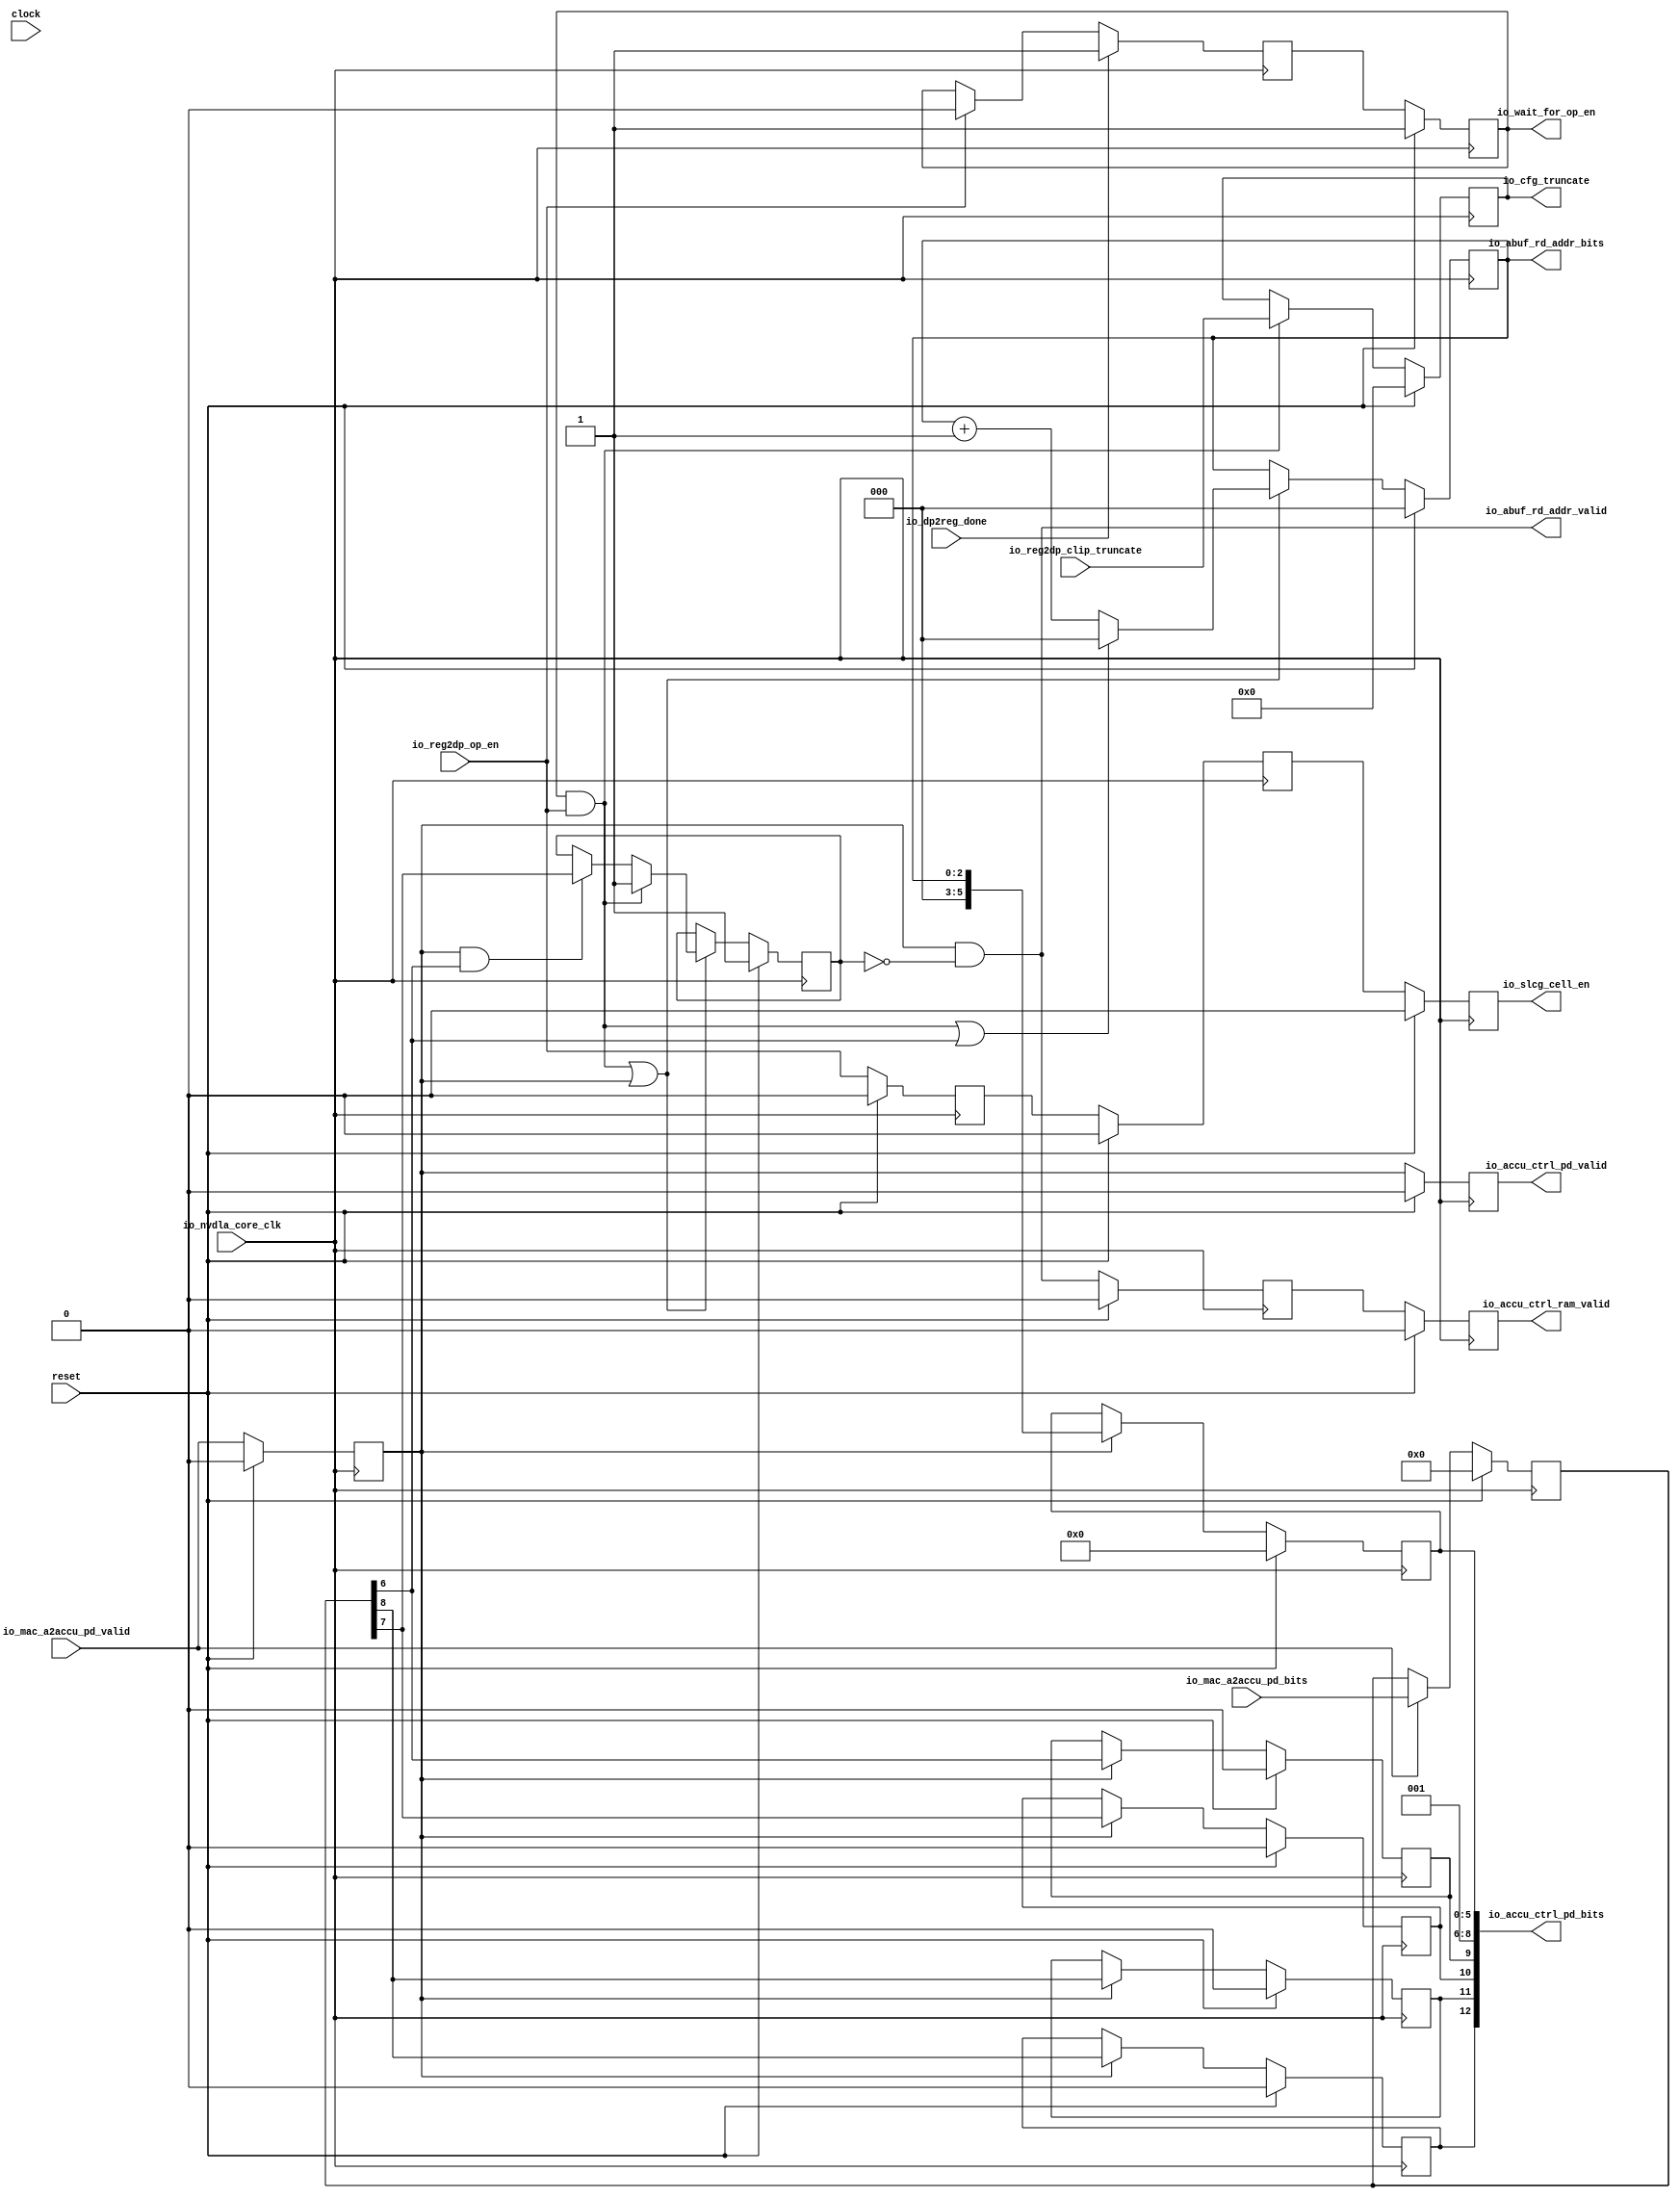
module NV_NVDLA_CACC_assembly_ctrl( // @[:@3.2]
  input         clock, // @[:@4.4]
  input         reset, // @[:@5.4]
  input         io_nvdla_core_clk, // @[:@6.4]
  output        io_abuf_rd_addr_valid, // @[:@6.4]
  output [2:0]  io_abuf_rd_addr_bits, // @[:@6.4]
  input         io_mac_a2accu_pd_valid, // @[:@6.4]
  input  [8:0]  io_mac_a2accu_pd_bits, // @[:@6.4]
  output        io_accu_ctrl_pd_valid, // @[:@6.4]
  output [12:0] io_accu_ctrl_pd_bits, // @[:@6.4]
  output        io_accu_ctrl_ram_valid, // @[:@6.4]
  output [4:0]  io_cfg_truncate, // @[:@6.4]
  input         io_reg2dp_op_en, // @[:@6.4]
  input  [4:0]  io_reg2dp_clip_truncate, // @[:@6.4]
  input         io_dp2reg_done, // @[:@6.4]
  output        io_slcg_cell_en, // @[:@6.4]
  output        io_wait_for_op_en // @[:@6.4]
);
  reg  accu_valid; // @[NV_NVDLA_CACC_assembly_ctrl.scala 61:25:@8.4]
  reg [31:0] _RAND_0;
  reg [8:0] accu_pd; // @[Reg.scala 19:20:@10.4]
  reg [31:0] _RAND_1;
  wire [8:0] _GEN_0; // @[Reg.scala 20:19:@11.4]
  wire  accu_stripe_end; // @[NV_NVDLA_CACC_assembly_ctrl.scala 68:30:@15.4]
  wire  accu_channel_end; // @[NV_NVDLA_CACC_assembly_ctrl.scala 69:31:@16.4]
  wire  accu_layer_end; // @[NV_NVDLA_CACC_assembly_ctrl.scala 70:29:@17.4]
  reg  _T_44; // @[Reg.scala 19:20:@18.4]
  reg [31:0] _RAND_2;
  reg  _T_46; // @[Reg.scala 19:20:@22.4]
  reg [31:0] _RAND_3;
  reg  _T_48; // @[Reg.scala 19:20:@26.4]
  reg [31:0] _RAND_4;
  reg  wait_for_op_en_out; // @[NV_NVDLA_CACC_assembly_ctrl.scala 76:33:@31.4]
  reg [31:0] _RAND_5;
  wire  _T_53; // @[NV_NVDLA_CACC_assembly_ctrl.scala 77:63:@32.4]
  reg  wait_for_op_en_w; // @[NV_NVDLA_CACC_assembly_ctrl.scala 77:31:@34.4]
  reg [31:0] _RAND_6;
  reg [2:0] accu_cnt; // @[NV_NVDLA_CACC_assembly_ctrl.scala 82:23:@38.4]
  reg [31:0] _RAND_7;
  reg  accu_ram_valid; // @[NV_NVDLA_CACC_assembly_ctrl.scala 83:29:@39.4]
  reg [31:0] _RAND_8;
  reg  accu_channel_st; // @[NV_NVDLA_CACC_assembly_ctrl.scala 84:30:@40.4]
  reg [31:0] _RAND_9;
  wire  layer_st; // @[NV_NVDLA_CACC_assembly_ctrl.scala 86:34:@41.4]
  wire [3:0] _T_63; // @[NV_NVDLA_CACC_assembly_ctrl.scala 87:29:@42.4]
  wire [2:0] accu_cnt_inc; // @[NV_NVDLA_CACC_assembly_ctrl.scala 87:29:@43.4]
  wire  _T_64; // @[NV_NVDLA_CACC_assembly_ctrl.scala 88:31:@44.4]
  wire [2:0] accu_cnt_w; // @[NV_NVDLA_CACC_assembly_ctrl.scala 88:21:@45.4]
  wire  _T_67; // @[NV_NVDLA_CACC_assembly_ctrl.scala 90:63:@46.4]
  wire  _T_68; // @[NV_NVDLA_CACC_assembly_ctrl.scala 90:51:@47.4]
  wire  accu_channel_st_w; // @[NV_NVDLA_CACC_assembly_ctrl.scala 90:29:@48.4]
  wire  _T_69; // @[NV_NVDLA_CACC_assembly_ctrl.scala 91:32:@49.4]
  wire  accu_rd_en; // @[NV_NVDLA_CACC_assembly_ctrl.scala 91:29:@50.4]
  wire  _T_70; // @[NV_NVDLA_CACC_assembly_ctrl.scala 94:15:@52.4]
  wire [2:0] _GEN_4; // @[NV_NVDLA_CACC_assembly_ctrl.scala 94:28:@53.4]
  wire  _GEN_5; // @[NV_NVDLA_CACC_assembly_ctrl.scala 94:28:@53.4]
  reg [4:0] _T_73; // @[Reg.scala 19:20:@57.4]
  reg [31:0] _RAND_10;
  wire [4:0] _GEN_6; // @[Reg.scala 20:19:@58.4]
  reg  _T_76; // @[NV_NVDLA_CACC_assembly_ctrl.scala 106:33:@64.4]
  reg [31:0] _RAND_11;
  reg  _T_79; // @[NV_NVDLA_CACC_assembly_ctrl.scala 107:34:@67.4]
  reg [31:0] _RAND_12;
  reg [5:0] accu_ctrl_addr; // @[NV_NVDLA_CACC_assembly_ctrl.scala 108:29:@70.4]
  reg [31:0] _RAND_13;
  wire [5:0] _GEN_7; // @[NV_NVDLA_CACC_assembly_ctrl.scala 109:17:@71.4]
  reg  accu_ctrl_stripe_end; // @[Reg.scala 19:20:@74.4]
  reg [31:0] _RAND_14;
  wire  _GEN_8; // @[Reg.scala 20:19:@75.4]
  reg  accu_ctrl_channel_end; // @[Reg.scala 19:20:@78.4]
  reg [31:0] _RAND_15;
  wire  _GEN_9; // @[Reg.scala 20:19:@79.4]
  reg  accu_ctrl_layer_end; // @[Reg.scala 19:20:@82.4]
  reg [31:0] _RAND_16;
  wire  _GEN_10; // @[Reg.scala 20:19:@83.4]
  reg  accu_ctrl_dlv_elem_mask; // @[Reg.scala 19:20:@86.4]
  reg [31:0] _RAND_17;
  wire  _GEN_11; // @[Reg.scala 20:19:@87.4]
  wire [9:0] _T_92; // @[Cat.scala 30:58:@91.4]
  wire [2:0] _T_94; // @[Cat.scala 30:58:@93.4]
  assign _GEN_0 = io_mac_a2accu_pd_valid ? io_mac_a2accu_pd_bits : accu_pd; // @[Reg.scala 20:19:@11.4]
  assign accu_stripe_end = accu_pd[6]; // @[NV_NVDLA_CACC_assembly_ctrl.scala 68:30:@15.4]
  assign accu_channel_end = accu_pd[7]; // @[NV_NVDLA_CACC_assembly_ctrl.scala 69:31:@16.4]
  assign accu_layer_end = accu_pd[8]; // @[NV_NVDLA_CACC_assembly_ctrl.scala 70:29:@17.4]
  assign _T_53 = io_reg2dp_op_en ? 1'h0 : wait_for_op_en_out; // @[NV_NVDLA_CACC_assembly_ctrl.scala 77:63:@32.4]
  assign layer_st = io_wait_for_op_en & io_reg2dp_op_en; // @[NV_NVDLA_CACC_assembly_ctrl.scala 86:34:@41.4]
  assign _T_63 = accu_cnt + 3'h1; // @[NV_NVDLA_CACC_assembly_ctrl.scala 87:29:@42.4]
  assign accu_cnt_inc = accu_cnt + 3'h1; // @[NV_NVDLA_CACC_assembly_ctrl.scala 87:29:@43.4]
  assign _T_64 = layer_st | accu_stripe_end; // @[NV_NVDLA_CACC_assembly_ctrl.scala 88:31:@44.4]
  assign accu_cnt_w = _T_64 ? 3'h0 : accu_cnt_inc; // @[NV_NVDLA_CACC_assembly_ctrl.scala 88:21:@45.4]
  assign _T_67 = accu_valid & accu_stripe_end; // @[NV_NVDLA_CACC_assembly_ctrl.scala 90:63:@46.4]
  assign _T_68 = _T_67 ? accu_channel_end : accu_channel_st; // @[NV_NVDLA_CACC_assembly_ctrl.scala 90:51:@47.4]
  assign accu_channel_st_w = layer_st ? 1'h1 : _T_68; // @[NV_NVDLA_CACC_assembly_ctrl.scala 90:29:@48.4]
  assign _T_69 = ~ accu_channel_st; // @[NV_NVDLA_CACC_assembly_ctrl.scala 91:32:@49.4]
  assign accu_rd_en = accu_valid & _T_69; // @[NV_NVDLA_CACC_assembly_ctrl.scala 91:29:@50.4]
  assign _T_70 = layer_st | accu_valid; // @[NV_NVDLA_CACC_assembly_ctrl.scala 94:15:@52.4]
  assign _GEN_4 = _T_70 ? accu_cnt_w : accu_cnt; // @[NV_NVDLA_CACC_assembly_ctrl.scala 94:28:@53.4]
  assign _GEN_5 = _T_70 ? accu_channel_st_w : accu_channel_st; // @[NV_NVDLA_CACC_assembly_ctrl.scala 94:28:@53.4]
  assign _GEN_6 = layer_st ? io_reg2dp_clip_truncate : _T_73; // @[Reg.scala 20:19:@58.4]
  assign _GEN_7 = accu_valid ? {{3'd0}, accu_cnt} : accu_ctrl_addr; // @[NV_NVDLA_CACC_assembly_ctrl.scala 109:17:@71.4]
  assign _GEN_8 = accu_valid ? accu_stripe_end : accu_ctrl_stripe_end; // @[Reg.scala 20:19:@75.4]
  assign _GEN_9 = accu_valid ? accu_channel_end : accu_ctrl_channel_end; // @[Reg.scala 20:19:@79.4]
  assign _GEN_10 = accu_valid ? accu_layer_end : accu_ctrl_layer_end; // @[Reg.scala 20:19:@83.4]
  assign _GEN_11 = accu_valid ? accu_layer_end : accu_ctrl_dlv_elem_mask; // @[Reg.scala 20:19:@87.4]
  assign _T_92 = {accu_ctrl_stripe_end,3'h1,accu_ctrl_addr}; // @[Cat.scala 30:58:@91.4]
  assign _T_94 = {accu_ctrl_dlv_elem_mask,accu_ctrl_layer_end,accu_ctrl_channel_end}; // @[Cat.scala 30:58:@93.4]
  assign io_abuf_rd_addr_valid = accu_valid & _T_69; // @[NV_NVDLA_CACC_assembly_ctrl.scala 101:23:@62.4]
  assign io_abuf_rd_addr_bits = accu_cnt; // @[NV_NVDLA_CACC_assembly_ctrl.scala 102:22:@63.4]
  assign io_accu_ctrl_pd_valid = _T_76; // @[NV_NVDLA_CACC_assembly_ctrl.scala 106:23:@66.4]
  assign io_accu_ctrl_pd_bits = {_T_94,_T_92}; // @[NV_NVDLA_CACC_assembly_ctrl.scala 118:22:@95.4]
  assign io_accu_ctrl_ram_valid = _T_79; // @[NV_NVDLA_CACC_assembly_ctrl.scala 107:24:@69.4]
  assign io_cfg_truncate = _T_73; // @[NV_NVDLA_CACC_assembly_ctrl.scala 99:17:@61.4]
  assign io_slcg_cell_en = _T_48; // @[NV_NVDLA_CACC_assembly_ctrl.scala 73:17:@30.4]
  assign io_wait_for_op_en = wait_for_op_en_out; // @[NV_NVDLA_CACC_assembly_ctrl.scala 79:19:@37.4]
`ifdef RANDOMIZE_GARBAGE_ASSIGN
`define RANDOMIZE
`endif
`ifdef RANDOMIZE_INVALID_ASSIGN
`define RANDOMIZE
`endif
`ifdef RANDOMIZE_REG_INIT
`define RANDOMIZE
`endif
`ifdef RANDOMIZE_MEM_INIT
`define RANDOMIZE
`endif
`ifndef RANDOM
`define RANDOM $random
`endif
`ifdef RANDOMIZE
  integer initvar;
  initial begin
    `ifdef INIT_RANDOM
      `INIT_RANDOM
    `endif
    `ifndef VERILATOR
      #0.002 begin end
    `endif
  `ifdef RANDOMIZE_REG_INIT
  _RAND_0 = {1{`RANDOM}};
  accu_valid = _RAND_0[0:0];
  `endif // RANDOMIZE_REG_INIT
  `ifdef RANDOMIZE_REG_INIT
  _RAND_1 = {1{`RANDOM}};
  accu_pd = _RAND_1[8:0];
  `endif // RANDOMIZE_REG_INIT
  `ifdef RANDOMIZE_REG_INIT
  _RAND_2 = {1{`RANDOM}};
  _T_44 = _RAND_2[0:0];
  `endif // RANDOMIZE_REG_INIT
  `ifdef RANDOMIZE_REG_INIT
  _RAND_3 = {1{`RANDOM}};
  _T_46 = _RAND_3[0:0];
  `endif // RANDOMIZE_REG_INIT
  `ifdef RANDOMIZE_REG_INIT
  _RAND_4 = {1{`RANDOM}};
  _T_48 = _RAND_4[0:0];
  `endif // RANDOMIZE_REG_INIT
  `ifdef RANDOMIZE_REG_INIT
  _RAND_5 = {1{`RANDOM}};
  wait_for_op_en_out = _RAND_5[0:0];
  `endif // RANDOMIZE_REG_INIT
  `ifdef RANDOMIZE_REG_INIT
  _RAND_6 = {1{`RANDOM}};
  wait_for_op_en_w = _RAND_6[0:0];
  `endif // RANDOMIZE_REG_INIT
  `ifdef RANDOMIZE_REG_INIT
  _RAND_7 = {1{`RANDOM}};
  accu_cnt = _RAND_7[2:0];
  `endif // RANDOMIZE_REG_INIT
  `ifdef RANDOMIZE_REG_INIT
  _RAND_8 = {1{`RANDOM}};
  accu_ram_valid = _RAND_8[0:0];
  `endif // RANDOMIZE_REG_INIT
  `ifdef RANDOMIZE_REG_INIT
  _RAND_9 = {1{`RANDOM}};
  accu_channel_st = _RAND_9[0:0];
  `endif // RANDOMIZE_REG_INIT
  `ifdef RANDOMIZE_REG_INIT
  _RAND_10 = {1{`RANDOM}};
  _T_73 = _RAND_10[4:0];
  `endif // RANDOMIZE_REG_INIT
  `ifdef RANDOMIZE_REG_INIT
  _RAND_11 = {1{`RANDOM}};
  _T_76 = _RAND_11[0:0];
  `endif // RANDOMIZE_REG_INIT
  `ifdef RANDOMIZE_REG_INIT
  _RAND_12 = {1{`RANDOM}};
  _T_79 = _RAND_12[0:0];
  `endif // RANDOMIZE_REG_INIT
  `ifdef RANDOMIZE_REG_INIT
  _RAND_13 = {1{`RANDOM}};
  accu_ctrl_addr = _RAND_13[5:0];
  `endif // RANDOMIZE_REG_INIT
  `ifdef RANDOMIZE_REG_INIT
  _RAND_14 = {1{`RANDOM}};
  accu_ctrl_stripe_end = _RAND_14[0:0];
  `endif // RANDOMIZE_REG_INIT
  `ifdef RANDOMIZE_REG_INIT
  _RAND_15 = {1{`RANDOM}};
  accu_ctrl_channel_end = _RAND_15[0:0];
  `endif // RANDOMIZE_REG_INIT
  `ifdef RANDOMIZE_REG_INIT
  _RAND_16 = {1{`RANDOM}};
  accu_ctrl_layer_end = _RAND_16[0:0];
  `endif // RANDOMIZE_REG_INIT
  `ifdef RANDOMIZE_REG_INIT
  _RAND_17 = {1{`RANDOM}};
  accu_ctrl_dlv_elem_mask = _RAND_17[0:0];
  `endif // RANDOMIZE_REG_INIT
  end
`endif // RANDOMIZE
  always @(posedge io_nvdla_core_clk) begin
    if (reset) begin
      accu_valid <= 1'h0;
    end else begin
      accu_valid <= io_mac_a2accu_pd_valid;
    end
    if (reset) begin
      accu_pd <= 9'h0;
    end else begin
      if (io_mac_a2accu_pd_valid) begin
        accu_pd <= io_mac_a2accu_pd_bits;
      end
    end
    if (reset) begin
      _T_44 <= 1'h0;
    end else begin
      _T_44 <= io_reg2dp_op_en;
    end
    if (reset) begin
      _T_46 <= 1'h0;
    end else begin
      _T_46 <= _T_44;
    end
    if (reset) begin
      _T_48 <= 1'h0;
    end else begin
      _T_48 <= _T_46;
    end
    if (reset) begin
      wait_for_op_en_out <= 1'h1;
    end else begin
      wait_for_op_en_out <= wait_for_op_en_w;
    end
    if (io_dp2reg_done) begin
      wait_for_op_en_w <= 1'h1;
    end else begin
      if (io_reg2dp_op_en) begin
        wait_for_op_en_w <= 1'h0;
      end else begin
        wait_for_op_en_w <= wait_for_op_en_out;
      end
    end
    if (reset) begin
      accu_cnt <= 3'h0;
    end else begin
      if (_T_70) begin
        if (_T_64) begin
          accu_cnt <= 3'h0;
        end else begin
          accu_cnt <= accu_cnt_inc;
        end
      end
    end
    if (reset) begin
      accu_ram_valid <= 1'h0;
    end else begin
      accu_ram_valid <= accu_rd_en;
    end
    if (reset) begin
      accu_channel_st <= 1'h1;
    end else begin
      if (_T_70) begin
        if (layer_st) begin
          accu_channel_st <= 1'h1;
        end else begin
          if (_T_67) begin
            accu_channel_st <= accu_channel_end;
          end
        end
      end
    end
    if (reset) begin
      _T_73 <= 5'h0;
    end else begin
      if (layer_st) begin
        _T_73 <= io_reg2dp_clip_truncate;
      end
    end
    if (reset) begin
      _T_76 <= 1'h0;
    end else begin
      _T_76 <= accu_valid;
    end
    if (reset) begin
      _T_79 <= 1'h0;
    end else begin
      _T_79 <= accu_ram_valid;
    end
    if (reset) begin
      accu_ctrl_addr <= 6'h0;
    end else begin
      if (accu_valid) begin
        accu_ctrl_addr <= {{3'd0}, accu_cnt};
      end
    end
    if (reset) begin
      accu_ctrl_stripe_end <= 1'h0;
    end else begin
      if (accu_valid) begin
        accu_ctrl_stripe_end <= accu_stripe_end;
      end
    end
    if (reset) begin
      accu_ctrl_channel_end <= 1'h0;
    end else begin
      if (accu_valid) begin
        accu_ctrl_channel_end <= accu_channel_end;
      end
    end
    if (reset) begin
      accu_ctrl_layer_end <= 1'h0;
    end else begin
      if (accu_valid) begin
        accu_ctrl_layer_end <= accu_layer_end;
      end
    end
    if (reset) begin
      accu_ctrl_dlv_elem_mask <= 1'h0;
    end else begin
      if (accu_valid) begin
        accu_ctrl_dlv_elem_mask <= accu_layer_end;
      end
    end
  end
endmodule